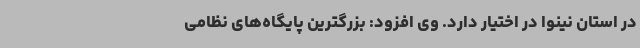
در استان نینوا در اختیار دارد. وی افزود: بزرگترین پایگاه‌های نظامی